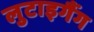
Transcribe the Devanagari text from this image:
लुटाइगैंग